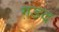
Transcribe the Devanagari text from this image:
ग़डद